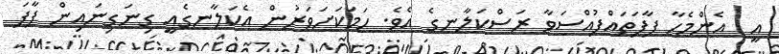
އީ  އެންމެހާ ފާފަތައްފުއްސަވާ ރަސްކަލާނގެ އެވެ. ހަމަކަށަވަރުން އެކަލާނގެއީ ގިނަގިނައިން ފާފަ